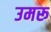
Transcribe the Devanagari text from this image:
उमरू